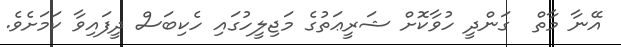
އޭނާ މާތް  ގަންދީ ހުވާކޮށް ޝަރީޢަތުގެ މަޖިލީހުގައި ހެކިބަސް ދީފައިވާ ކަމަށެވެ.